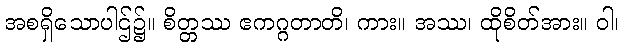
အစရှိသောပါဌ်၌။ စိတ္တဿ ဧကဂ္ဂတာတိ၊ ကား။ အဿ၊ ထိုစိတ်အား။ ဝါ၊